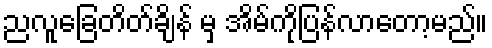
ညလူခြေတိတ်ချိန် မှ အိမ်ကိုပြန်လာတော့မည်။